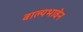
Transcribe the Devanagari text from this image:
बाल्यभावेन